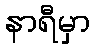
နာရီမှာ